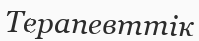
Терапевттік